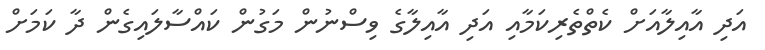
އަދި އާއިލާއަށް ކެތްތެރިކަމާއި އަދި އާއިލާގެ ވިސްނުން މަގުން ކައްސާލައިގެން ދާ ކަަމަށް